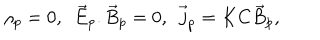
LaTeX: \rho _ { p } = 0 , \ \ \vec { E } _ { p } . \vec { B } _ { p } = 0 , \ \ \vec { j } _ { p } = K C \vec { B } _ { p } ,